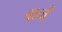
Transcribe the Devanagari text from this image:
वर्श्ज